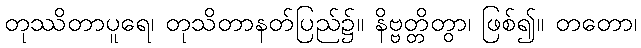
တုဿိတာပူရေ၊ တုသိတာနတ်ပြည်၌။ နိဗ္ဗတ္တိတွာ၊ ဖြစ်၍။ တတော၊